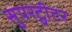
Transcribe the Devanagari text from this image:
सुपरट्वीटर